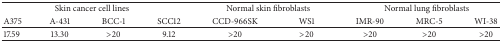
| <COLSPAN=4> Skin cancer cell lines | <COLSPAN=2> Normal skin fibroblasts | <COLSPAN=3> Normal lung fibroblasts |
 | A375 | A-431 | BCC-1 | SCC12 | CCD-966SK | WS1 | IMR-90 | MRC-5 | WI-38 |
 | --- | --- | --- | --- | --- | --- | --- | --- | --- |
 | 17.59 | 13.30 | >20 | 9.12 | >20 | >20 | >20 | >20 | >20 |